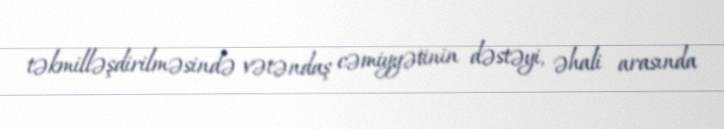
təkmilləşdirilməsində vətəndaş cəmiyyətinin dəstəyi, əhali arasında